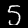
Label: 5